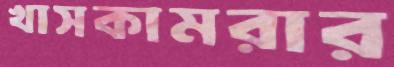
খাসকামরার